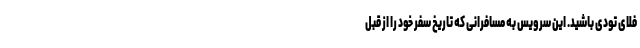
فلای تودی باشید. این سرویس به مسافرانی که تاریخ سفر خود را از قبل